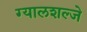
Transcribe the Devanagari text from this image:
ग्यालशल्जे